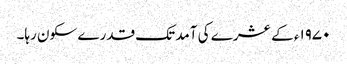
۱۹۷۰ء کے عشرے کی آمد تک قدرے سکون رہا۔